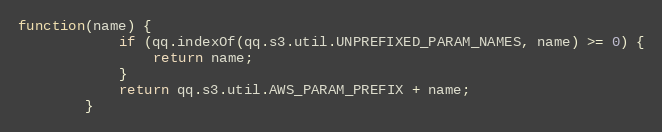
Language: JavaScript
function(name) {
            if (qq.indexOf(qq.s3.util.UNPREFIXED_PARAM_NAMES, name) >= 0) {
                return name;
            }
            return qq.s3.util.AWS_PARAM_PREFIX + name;
        }